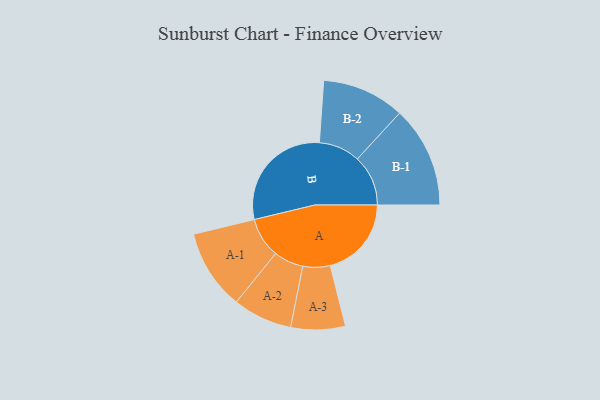
{"axis": {"x": "Segment", "y": "Value"}, "legend": ["", "A", "B"], "data": [{"x": "A", "y": 328, "type": ""}, {"x": "B", "y": 465, "type": ""}, {"x": "A-1", "y": 162, "type": "A"}, {"x": "A-2", "y": 120, "type": "A"}, {"x": "A-3", "y": 110, "type": "A"}, {"x": "B-1", "y": 205, "type": "B"}, {"x": "B-2", "y": 167, "type": "B"}]}